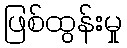
ဖြစ်ထွန်းမှု